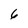
Character: 6